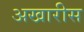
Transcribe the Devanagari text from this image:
अखारीस